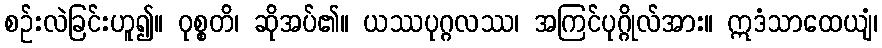
စဉ်းလဲခြင်းဟူ၍။ ဝုစ္စတိ၊ ဆိုအပ်၏။ ယဿပုဂ္ဂလဿ၊ အကြင်ပုဂ္ဂိုလ်အား။ ဣဒံသာထေယျံ၊